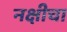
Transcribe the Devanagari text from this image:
नक्षीचा